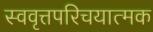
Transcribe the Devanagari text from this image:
स्ववृत्तपरिचयात्मक